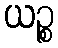
ယဉ္စ